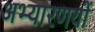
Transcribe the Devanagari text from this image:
अभ्यारणयों